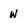
Character: w